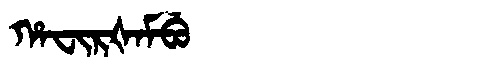
Manchu: ᡥᠠᠸᡳᡵᡧᠠᠮᠪᡠ
Romanization: HAFIRŠAMBU